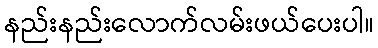
နည်းနည်းလောက်လမ်းဖယ်ပေးပါ။